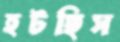
হটছিস